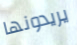
يريدونها